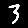
Digit: 3